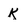
Character: K